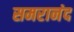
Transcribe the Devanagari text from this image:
समरानंद